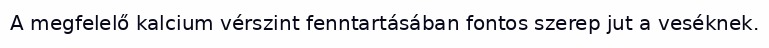
A megfelelő kalcium vérszint fenntartásában fontos szerep jut a veséknek.